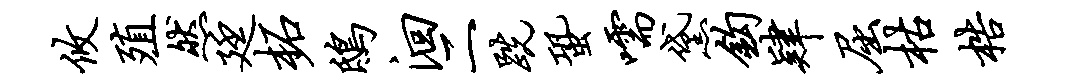
攸殖然廷柘鸱洄二跣蛩嚅黛钩肄屈枯梏